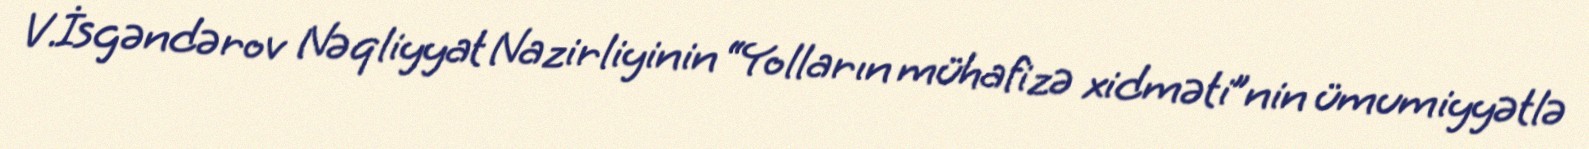
V.İsgəndərov Nəqliyyat Nazirliyinin “Yolların mühafizə xidməti”nin ümumiyyətlə